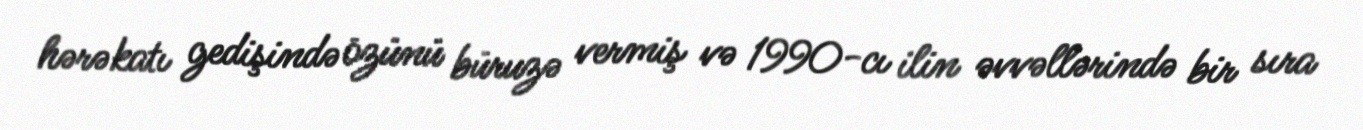
hərəkatı gedişində özünü büruzə vermiş və 1990-cı ilin əvvəllərində bir sıra